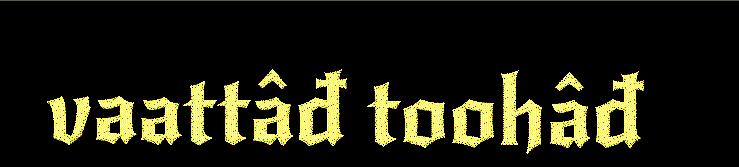
vaattâđ toohâđ